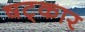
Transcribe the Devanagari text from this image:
षट्‌कार